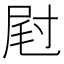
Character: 屗